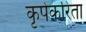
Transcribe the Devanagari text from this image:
कृपेकरिता